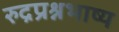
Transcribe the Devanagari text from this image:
रुद्रप्रश्नभाष्य